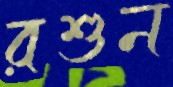
রশুন